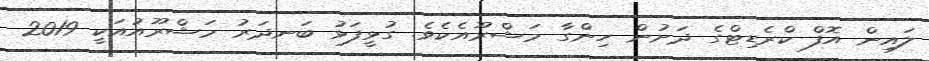
ލައިން އޮފް ކްރެޑިޓްގެ ދަށުން ހިންގާ މަޝްރޫއެކެވެ. ގުޅީފަޅު ބަނދަރު މަޝްރޫއުއަކީ 2019